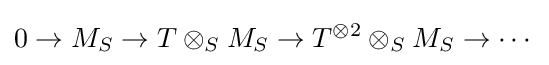
0\to M_{S}\to T\otimes _{S}M_{S}\to T^{\otimes 2}\otimes _{S}M_{S}\to \cdots